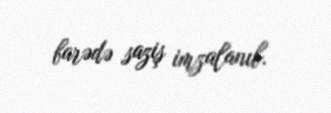
barədə saziş imzalanıb.